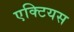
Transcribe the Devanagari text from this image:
एक्टियस